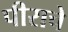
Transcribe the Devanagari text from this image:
पीराचे